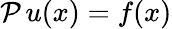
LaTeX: \mathcal{P}\, u(x)=f(x)